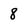
Character: 8